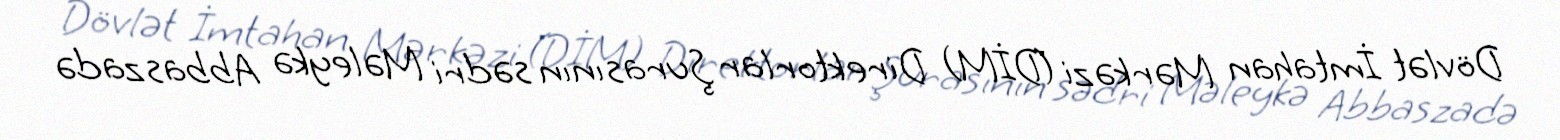
Dövlət İmtahan Mərkəzi (DİM) Direktorlar Şurasının sədri Məleykə Abbaszadə